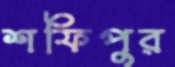
শফিপুর